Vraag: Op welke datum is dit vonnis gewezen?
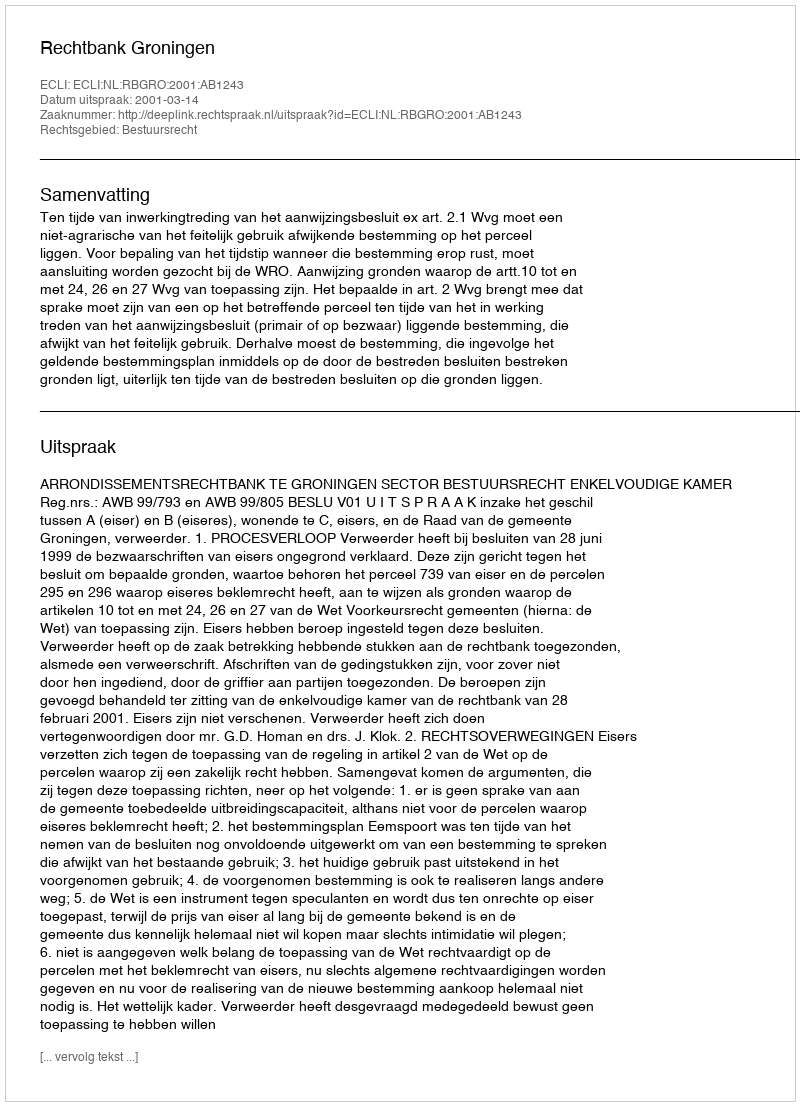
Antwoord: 2001-03-14